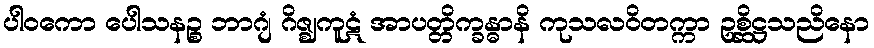
ပါဝကော ပေါသနဉ္စ ဘာဂျံ ဂိဇ္ဈကူဋံ အာပတ္တိက္ခန္ဓာနိ ကုသလဝိတက္ကာ ဥစ္ဆိဋ္ဌသညိနော